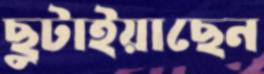
ছুটাইয়াছেন